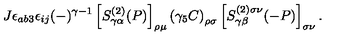
J \epsilon _ { a b 3 } \epsilon _ { i j } ( - ) ^ { \gamma - 1 } \left[ S _ { \gamma \alpha } ^ { ( 2 ) } ( P ) \right] _ { \rho \mu } \left( \gamma _ { 5 } C \right) _ { \rho \sigma } \left[ S _ { \gamma \beta } ^ { ( 2 ) \sigma \nu } ( - P ) \right] _ { \sigma \nu } .